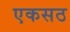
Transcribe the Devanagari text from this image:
एकसठ